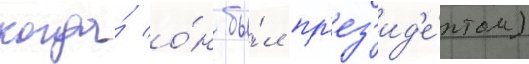
когда́ о́н бы́л пр'ез'ид'е́нтом)